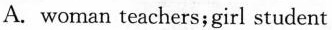
A. woman teachers;girl student